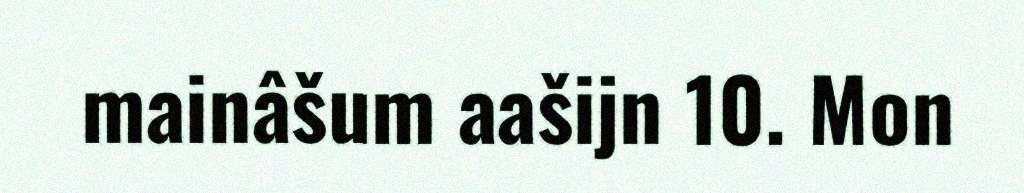
mainâšum aašijn 10. Mon